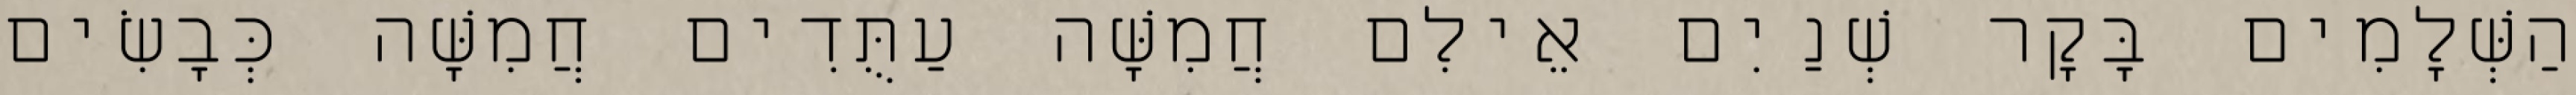
הַשְּׁלָמִים בָּקָר שְׁנַיִם אֵילִם חֲמִשָּׁה עַתֻּדִים חֲמִשָּׁה כְּבָשִׂים